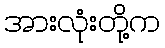
အားလုံးတို့က